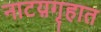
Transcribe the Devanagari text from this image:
नाटय़गृहात